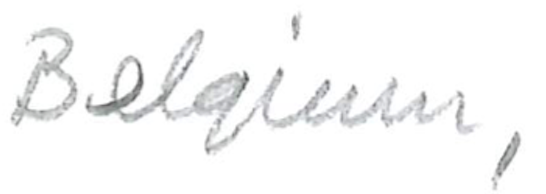
Text: Belgium,
Cross-out: clean
Writing tool: pencil